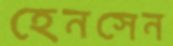
হেনসেন